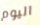
اليوم